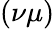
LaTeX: (\nu\mu)